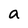
Character: a